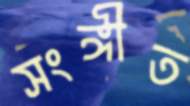
সংঙ্গীত